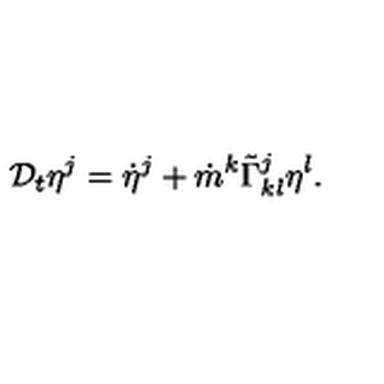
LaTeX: { \cal D } _ { t } \eta ^ { j } = \dot { \eta } ^ { j } + \dot { m } ^ { k } \tilde { \Gamma } _ { k l } ^ { j } \eta ^ { l } .